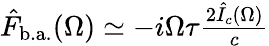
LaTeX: \begin{array}{r}{\hat{F}_{\mathrm{b.a.}}(\Omega)\simeq-i\Omega\tau\frac{2\hat{I}_{c}(\Omega)}{c}}\end{array}